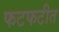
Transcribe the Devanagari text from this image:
फटफटीत